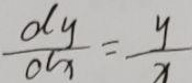
$\frac{\partial y}{\partial x}=\frac{y}{x}$